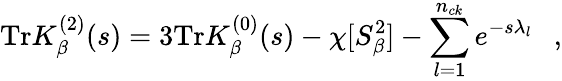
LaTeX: \mathrm{Tr}K_{\beta}^{(2)}(s)=3\mathrm{Tr}K_{\beta}^{(0)}(s)-\chi[S_{\beta}^{2}]-\sum_{l=1}^{n_{ck}}e^{-s\lambda_{l}}~~~,